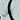
نحن